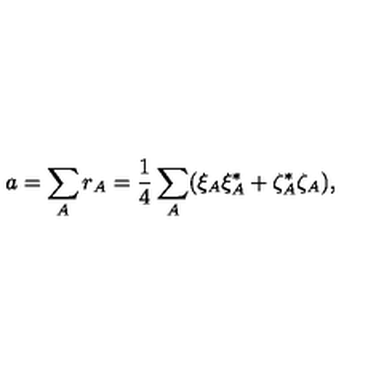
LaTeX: a = \sum _ { A } r _ { A } = { \frac { 1 } { 4 } } \sum _ { A } ( \xi _ { A } \xi _ { A } ^ { * } + \zeta _ { A } ^ { * } \zeta _ { A } ) ,